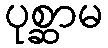
ပုစ္ဆာမ